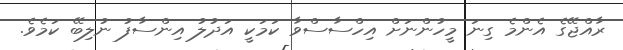
ރާއްޖޭގެ އެންމެ ގިނަ މީހުންނަށް އިހްސާސްވާ ކަމަކީ އަދުލު އިންސާފު ނުލިބޭ ކަމެވެ.